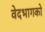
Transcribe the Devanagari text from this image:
वेदभागको